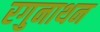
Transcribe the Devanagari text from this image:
रगुनाथन